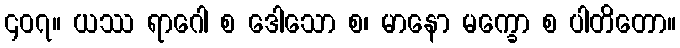
၄၀၇။ ယဿ ရာဂေါ စ ဒေါသော စ၊ မာနော မက္ခော စ ပါတိတော။